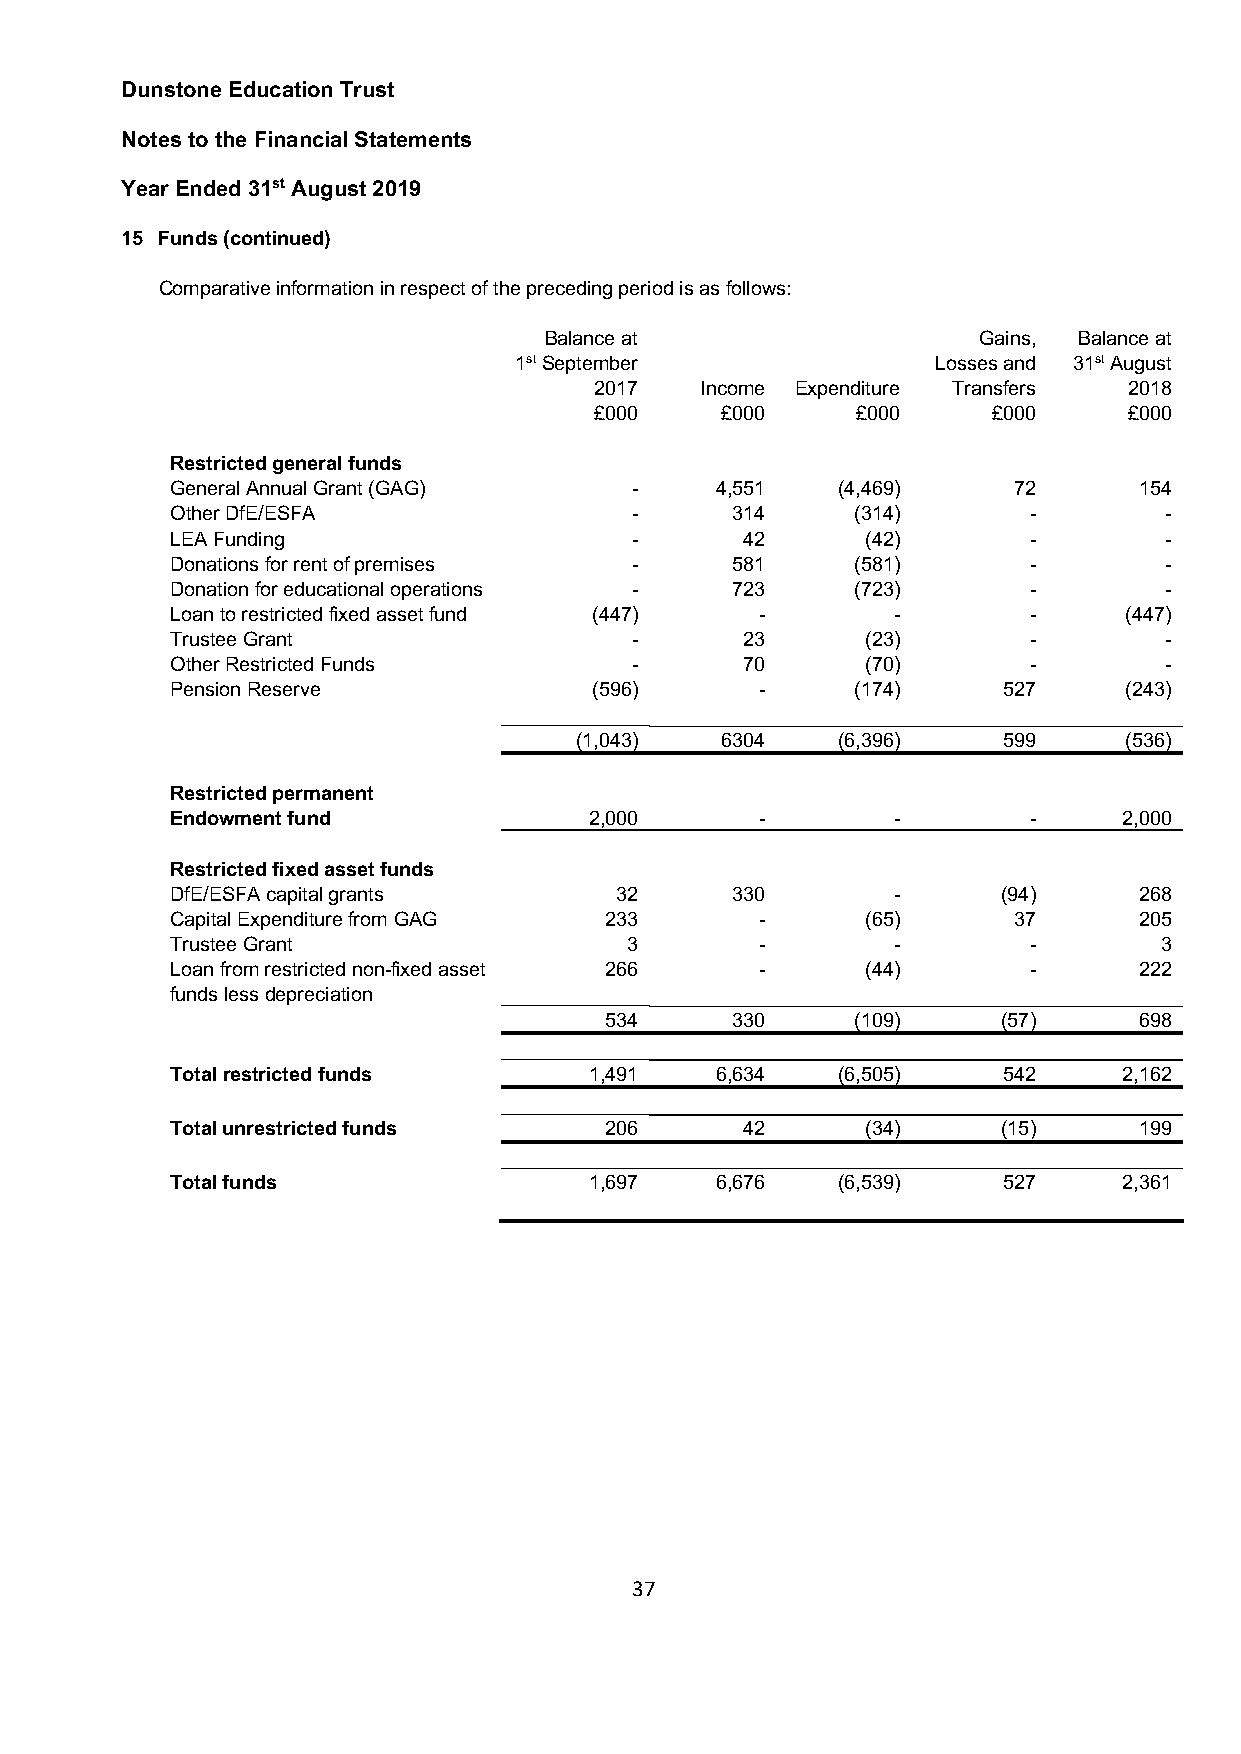
Dunstone Education Trust
 Notes to the Financial Statements
 Year Ended 31st August 2019
 15 Funds (continued)
 Comparative information in respect of the preceding period is as follows:
 Balance at                   Gains, Balance at
 1st September               Losses and 31st August
 2017   Income Expenditure Transfers 2018
 £000     £000     £000     £000     £000
 Restricted general funds
 General Annual Grant (GAG)     -    4,551   (4,469)     72      154
 Other DfE/ESFA                 -     314      (314)      -        -
 LEA Funding                    -      42      (42)       -        -
 Donations for rent of premises -     581      (581)      -        -
 Donation for educational operations - 723     (723)      -        -
 Loan to restricted fixed asset fund (447) -     -        -     (447)
 Trustee Grant                  -      23      (23)       -        -
 Other Restricted Funds         -      70      (70)       -        -
 Pension Reserve             (596)      -      (174)    527     (243)
 (1,043)   6304   (6,396)    599     (536)
 Restricted permanent
 Endowment fund              2,000      -        -        -     2,000
 Restricted fixed asset funds
 DfE/ESFA capital grants       32     330        -      (94)     268
 Capital Expenditure from GAG 233       -      (65)      37      205
 Trustee Grant                  3       -        -        -        3
 Loan from restricted non-fixed asset 266 -    (44)       -      222
 funds less depreciation
 534     330      (109)    (57)     698
 Total restricted funds      1,491   6,634   (6,505)    542     2,162
 Total unrestricted funds     206      42      (34)     (15)     199
 Total funds                 1,697   6,676   (6,539)    527     2,361
 37